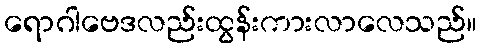
ရောဂါဗေဒလည်းထွန်းကားလာလေသည်။